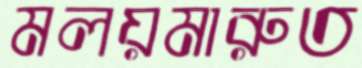
মলয়মারুত